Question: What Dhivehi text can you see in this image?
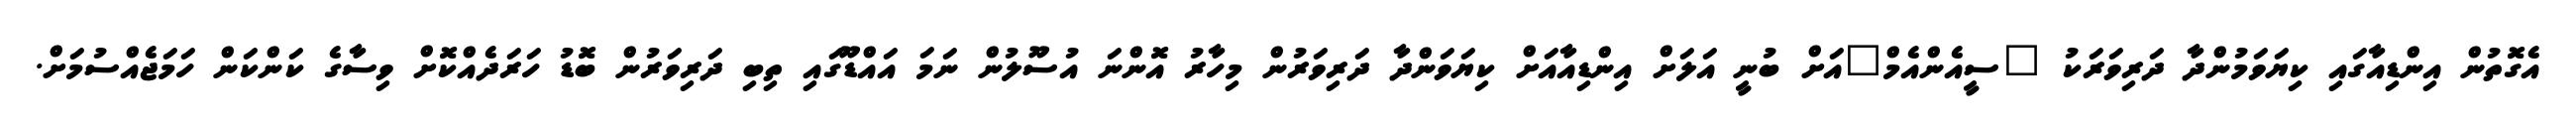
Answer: އެގޮތުން އިންޑިއާގައި ކިޔަވަމުންދާ ދަރިވަރަކު "ސީއެންއެމް"އަށް ބުނީ އަލަށް އިންޑިއާއަށް ކިޔަވަންދާ ދަރިވަރުން މިހާރު އޮންނަ އުސޫލުން ނަމަ އައްޑޫގައި ތިބި ދަރިވަރުން ބޮޑު ހަރަދެއްކޮށް ވިސާގެ ކަންކަން ހަމަޖެއްސުމަށް.